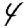
Digit: 4